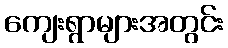
ကျေးရွာများအတွင်း